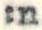
:n